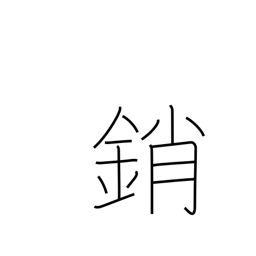
Meaning: shut (door)